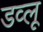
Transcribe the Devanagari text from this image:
डव्लू